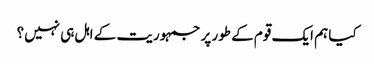
کیا ہم ایک قوم کے طور پر جمہوریت کے اہل ہی نہیں؟